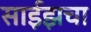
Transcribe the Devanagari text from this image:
साईझचा